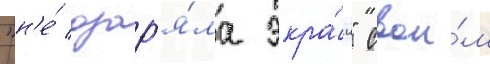
"н'е́ озар'я́ла экра́н" свои́м